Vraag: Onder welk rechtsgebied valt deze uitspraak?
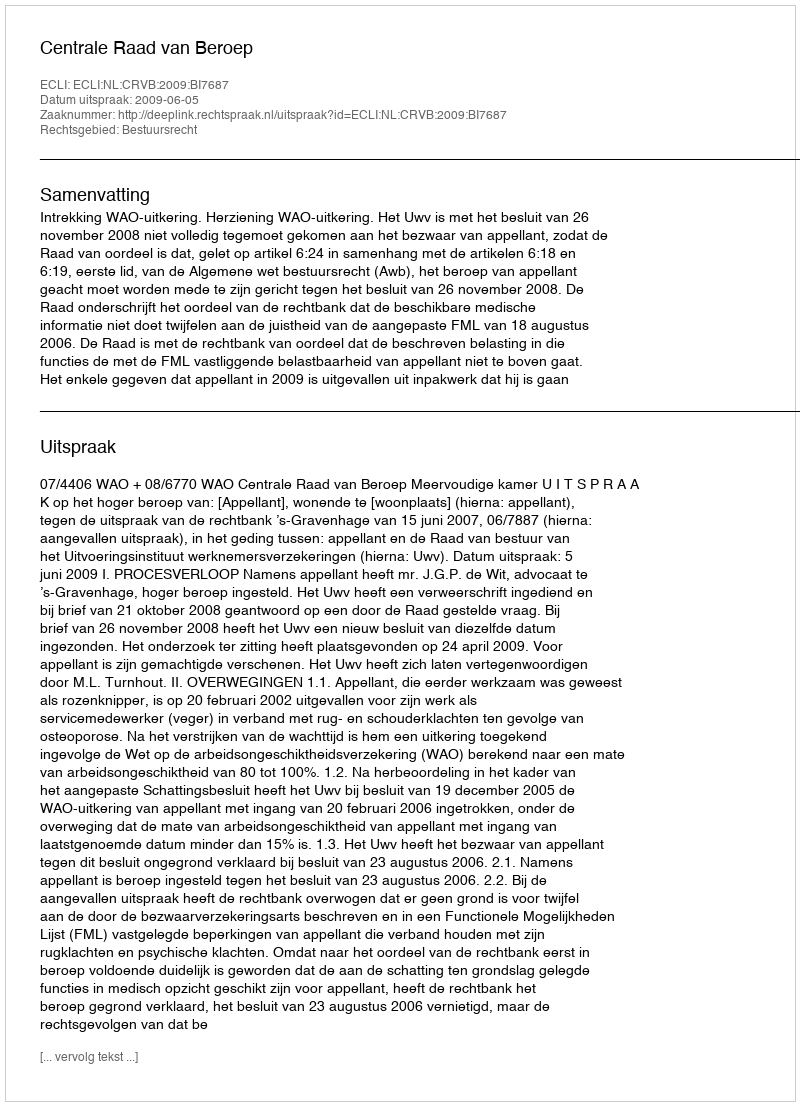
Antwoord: Bestuursrecht